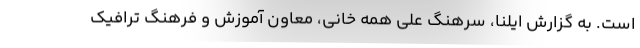
است. به گزارش ایلنا، سرهنگ علی همه خانی، معاون آموزش و فرهنگ ترافیک